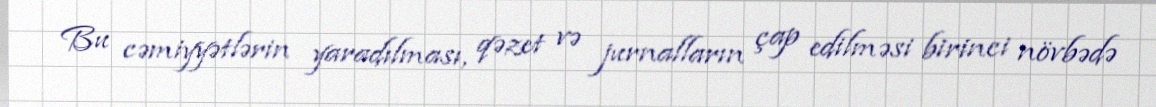
Bu cəmiyyətlərin yaradılması, qəzet və jurnalların çap edilməsi birinci növbədə